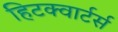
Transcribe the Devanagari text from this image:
हिटक्वार्टर्स